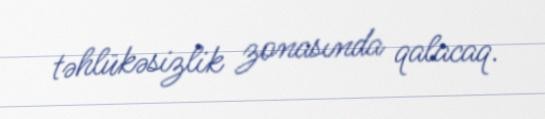
təhlükəsizlik zonasında qalacaq.